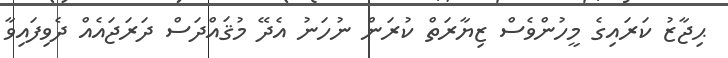
ޙިޖާޒު ކަރައިގެ މީހުންވެސް ޒިޔާރަތް ކުރަން ނުހަނު އެދޭ މުޤައްދަސް ދަރަޖައެއް ދެވިފައިވާ